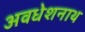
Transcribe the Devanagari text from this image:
अवधेशनाथ